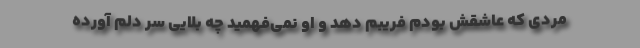
مردی که عاشقش بودم فریبم دهد و او نمی‌فهمید چه بلایی سر دلم آورده